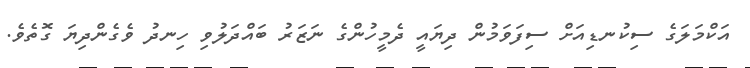
އަކްމަލަގެ ސިކުނޑިއަށް ސިފަވަމުން ދިޔައީ ދެމީހުންގެ ނަޒަރު ބައްދަލުވި ހިނދު ވެގެންދިޔަ ގޮތެވެ.